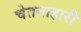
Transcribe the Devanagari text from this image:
चेतनाहारी